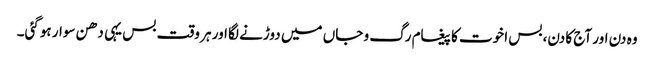
وہ دن اور آج کا دن، بس اخوت کا پیغام رگ و جاں میں دوڑنے لگا اور ہر وقت بس یہی دھن سوار ہوگئی۔